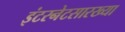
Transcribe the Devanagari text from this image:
इंटरनेटसारख्या